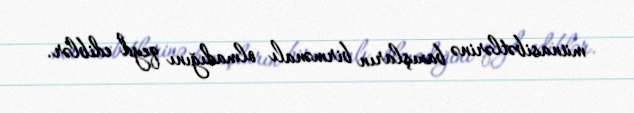
münasibətlərinə baxışların birmənalı olmadığını qeyd ediblər.